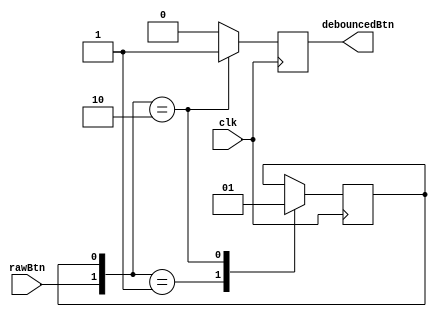
`timescale 1ns / 1ns
//////////////////////////////////////////////////////////////////////////////////
// Company: 
// Engineer: 
// 
// Design Name: 
// Module Name: singlePulser
// Project Name: 
// Target Devices: 
// Tool Versions: 
// Description: 
// 
// Dependencies: 
// 
// Revision:
// Revision 0.01 - File Created
// Additional Comments:
// 
//////////////////////////////////////////////////////////////////////////////////


module singlePulser(
    output reg debouncedBtn,
    input rawBtn,
    input clk
    );

reg state;

initial state = 0;

always@(posedge clk)
begin
    debouncedBtn = 0;
    case({rawBtn, state})
//        2'b00,
        2'b01: state = 0;
        2'b10: 
            begin
                state = 1;
                debouncedBtn = 1;
            end
//        2'b11,
    endcase
end

    
endmodule